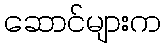
ဆောင်များက